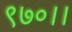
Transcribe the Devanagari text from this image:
९७०।।